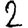
Digit: 2